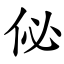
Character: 佖